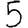
Digit: 5